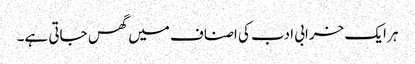
ہر ایک خرابی ادب کی اصناف میں گھس جاتی ہے۔